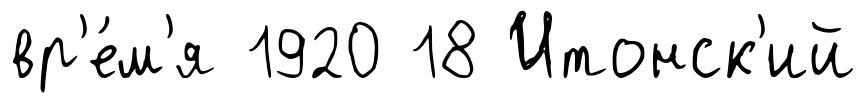
вр'е́м'я 1920 18 Итонск'ий